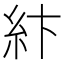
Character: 𥾽